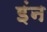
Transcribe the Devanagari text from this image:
इंन